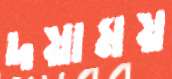
দয়াময়